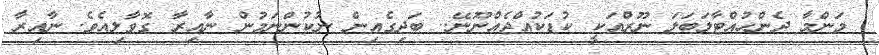
މަންމާ ދެންހުއްޓާލަބަލަ ނޫރްއަކީ ކުޑަކުއްޖެއްނޫނޭ.. ބަދިގެއިން ނުކުންނަމުން ނާއިރާ ގޮވާލިއެވެ. ނާއިރާ